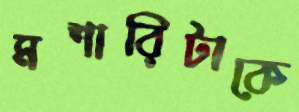
মশারিটাকে